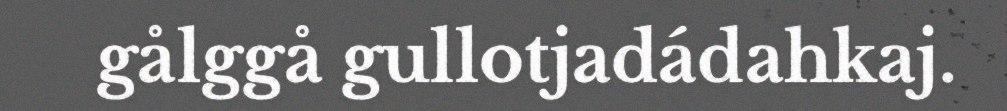
gålggå gullotjadádahkaj.